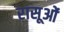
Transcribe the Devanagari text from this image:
रासूओं